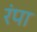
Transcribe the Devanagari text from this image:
रंपा